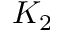
K _ { 2 }